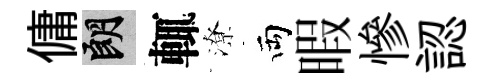
傭朗輒潦両暇慘認